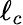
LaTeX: \ell_{c}